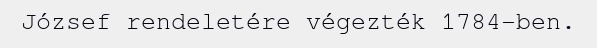
József rendeletére végezték 1784-ben.